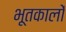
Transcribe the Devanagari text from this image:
भूतकालों